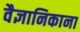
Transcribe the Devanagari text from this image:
वैज्ञानिकाना